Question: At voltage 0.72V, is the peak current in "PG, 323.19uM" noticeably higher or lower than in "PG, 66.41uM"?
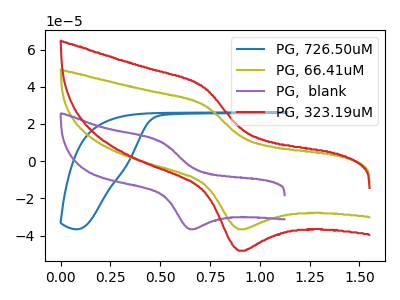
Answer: <think>The blue curve "PG, 726.50uM" has no peaks. The olive curve "PG, 66.41uM" has an anodic peak at (0.70V, 30.10uA) and a cathodic peak at (0.90V, -36.60uA). The purple curve "PG,  blank" has an anodic peak at (0.50V, 10.95uA) and a cathodic peak at (0.65V, -36.35uA). The red curve "PG, 323.19uM" has an anodic peak at (0.70V, 39.55uA) and a cathodic peak at (0.90V, -48.15uA).</think>
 <answer>The peak at 0.72V is higher in "PG, 323.19uM" than in "PG, 66.41uM".</answer>
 <eval>higher</eval>